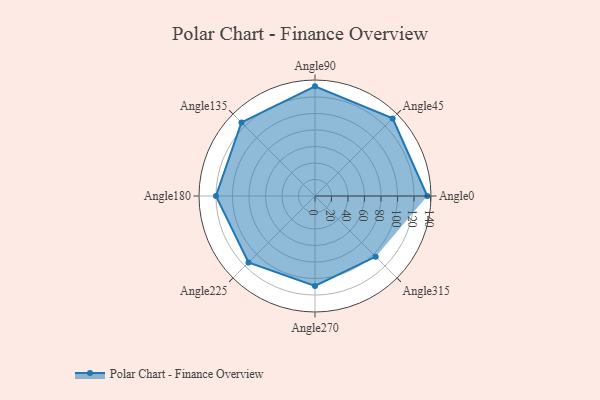
{"axis": {"x": "Angle", "y": "Radius"}, "legend": [""], "data": [{"x": "Angle0", "y": 136.0, "type": ""}, {"x": "Angle45", "y": 133.0, "type": ""}, {"x": "Angle90", "y": 133.0, "type": ""}, {"x": "Angle135", "y": 126.0, "type": ""}, {"x": "Angle180", "y": 120.0, "type": ""}, {"x": "Angle225", "y": 114.0, "type": ""}, {"x": "Angle270", "y": 109.0, "type": ""}, {"x": "Angle315", "y": 104.0, "type": ""}]}